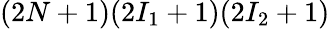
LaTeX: (2N+1)(2I_{1}+1)(2I_{2}+1)